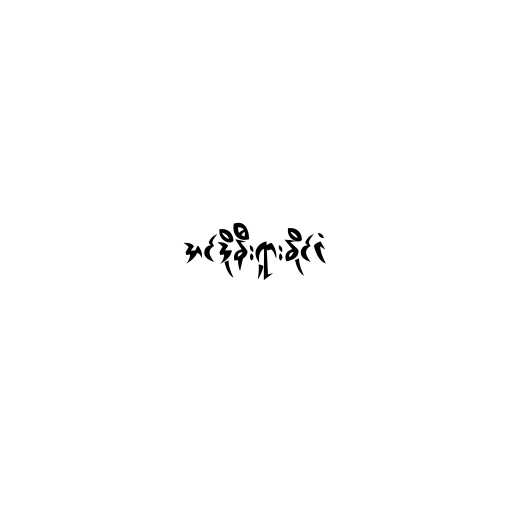
အင်ဒိုနီးရှားနိုင်ငံ